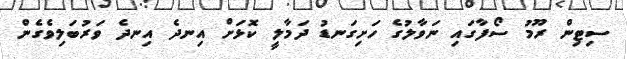
ސިޓިން ރޫމު ސޯފާގައި ނަވާލުގެ ހަށިގަނޑު ދަމާލީ ކޮޅަށް އިނދެ އިނދެ ވަރުބަލިވެގެން